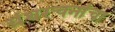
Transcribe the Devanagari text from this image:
ग्रंथरचनांचा